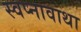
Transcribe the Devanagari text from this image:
स्वप्नावाथा